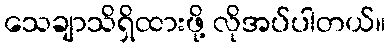
သေချာသိရှိထားဖို့ လိုအပ်ပါတယ်။